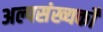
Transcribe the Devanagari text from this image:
अल्पसंख्यकोँ